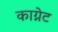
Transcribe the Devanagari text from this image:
काग्नेट